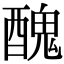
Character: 醜